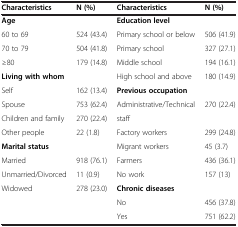
<table><thead><tr><td><b>Characteristics</b></td><td><b>N (%)</b></td><td><b>Characteristics</b></td><td><b>N (%)</b></td></tr></thead><tbody><tr><td><b>Age</b></td><td> </td><td><b>Education level</b></td><td> </td></tr><tr><td>60 to 69</td><td>524 (43.4)</td><td>Primary school or below</td><td>506 (41.9)</td></tr><tr><td>70 to 79</td><td>504 (41.8)</td><td>Primary school</td><td>327 (27.1)</td></tr><tr><td>≥80</td><td>179 (14.8)</td><td>Middle school</td><td>194 (16.1)</td></tr><tr><td><b>Living with whom</b></td><td> </td><td>High school and above</td><td>180 (14.9)</td></tr><tr><td>Self</td><td>162 (13.4)</td><td><b>Previous occupation</b></td><td> </td></tr><tr><td>Spouse</td><td>753 (62.4)</td><td>Administrative/Technical</td><td>270 (22.4)</td></tr><tr><td>Children and family</td><td>270 (22.4)</td><td>staff</td><td> </td></tr><tr><td>Other people</td><td>22 (1.8)</td><td>Factory workers</td><td>299 (24.8)</td></tr><tr><td><b>Marital status</b></td><td> </td><td>Migrant workers</td><td>45 (3.7)</td></tr><tr><td>Married</td><td>918 (76.1)</td><td>Farmers</td><td>436 (36.1)</td></tr><tr><td>Unmarried/Divorced</td><td>11 (0.9)</td><td>No work</td><td>157 (13)</td></tr><tr><td>Widowed</td><td>278 (23.0)</td><td><b>Chronic diseases</b></td><td> </td></tr><tr><td> </td><td> </td><td>No</td><td>456 (37.8)</td></tr><tr><td> </td><td> </td><td>Yes</td><td>751 (62.2)</td></tr></tbody></table>